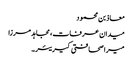
معاذ بن محمود
میدان عرفات، مجاہد مرزا
میرا صحافتی کیریئر۔